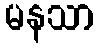
မနသာ